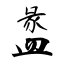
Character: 盠